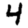
Digit: 4